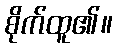
စိုက်ထူ၏။